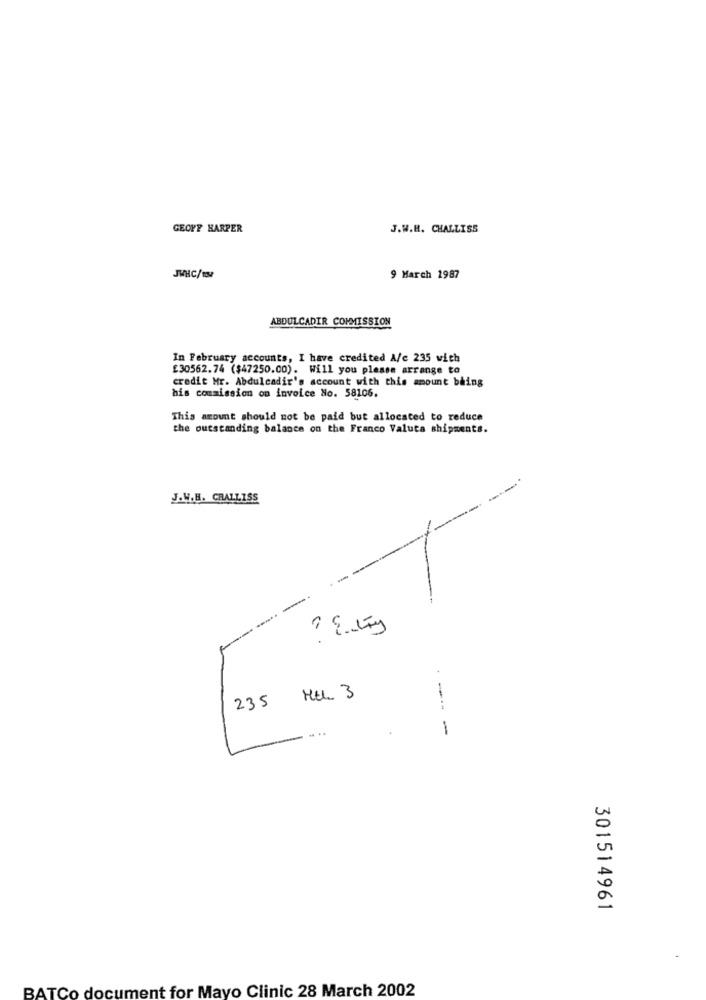
GEOFF HARPER
J.W.H. CHALLISS
JWHC/1M
9 March 1987
ABDULCADIR COMMISSION
In February accounts, I have credited A/c 235 with
£30562.74 ($47250.00). Will you please arrange to
credit Mr. Abdulcadir's account with this amount bhing
his commission on invoice No. 58106.
This amount should not be paid but allocated to reduce
the outstanding balance on the Franco Valuta shipments.
J.W.H. CRALLISS
1 Entry
235 MEL 3
---
-
301514961
BATCo document for Mayo Clinic 28 March 2002